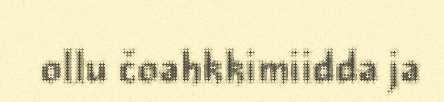
ollu čoahkkimiidda ja